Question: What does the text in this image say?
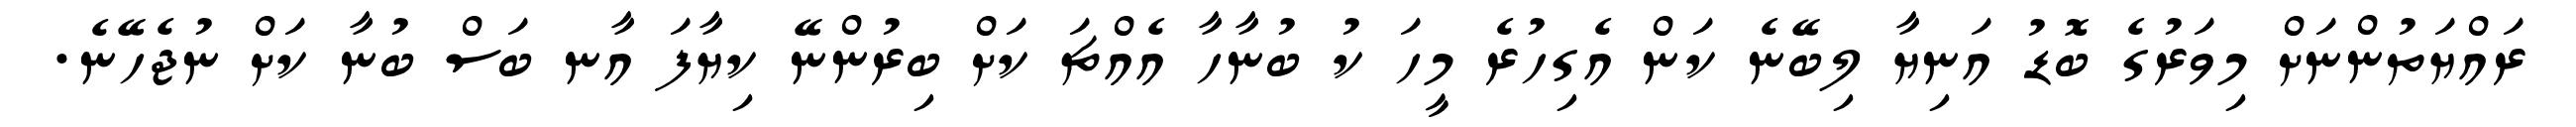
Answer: ރައްޔަތުންނަށް މިވަރުގެ ބޮޑު އަނިޔާ ލިބޭނެ ކަން އެގިހުރެ މީހަ ކު ބުނާހާ އެއްޗަ ކަށް ބިރުންނޭ ކިޔާފަ އާނ ބަސް ބުނާ ކަށް ނުޖެހޭނެ.